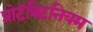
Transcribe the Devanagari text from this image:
प्रोटॅक्टिनियम